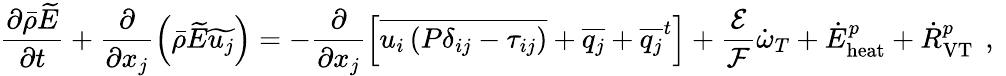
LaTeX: \frac{\partial\bar{\rho}\widetilde{E}}{\partial t}+\frac{\partial}{\partial x_{j}}\left(\bar{\rho}\widetilde{E}\widetilde{u_{j}}\right)=-\frac{\partial}{\partial x_{j}}\left[\overline{{u_{i}\left(P\delta_{ij}-\tau_{ij}\right)}}+\overline{{q_{j}}}+{\overline{{q_{j}}}^{t}}\right]+\frac{\mathcal{E}}{\mathcal{F}}\dot{\omega}_{T}+{\dot{E}}_{\mathrm{heat}}^{p}+{\dot{R}}_{\mathrm{VT}}^{p}\, \mathrm{~,~}